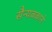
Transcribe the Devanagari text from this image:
सैन्यबळाने